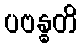
ပဗန္ဓတိ